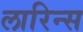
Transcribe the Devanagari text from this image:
लारिन्स